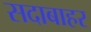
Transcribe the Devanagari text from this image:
सदाबाहर